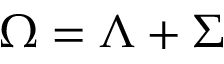
\Omega = \Lambda + \Sigma